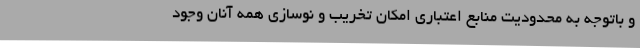
و باتوجه به محدودیت منابع اعتباری امکان تخریب و نوسازی همه آنان وجود